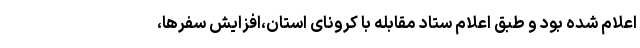
اعلام شده بود و طبق اعلام ستاد مقابله با کرونای استان،افزایش سفرها،